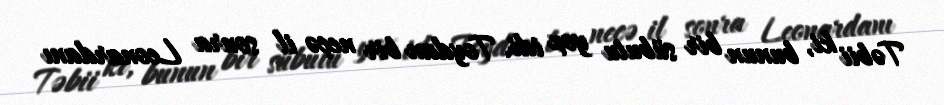
Təbii ki, bunun bir sübutu yox idi. Toydan bir neçə il sonra Leonardanı